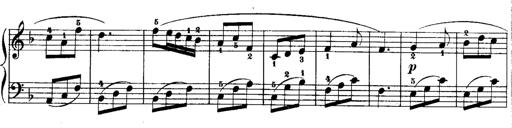
Title: Rondos and Sonatinas for Pianoforte
Composer: Daniel Steibelt